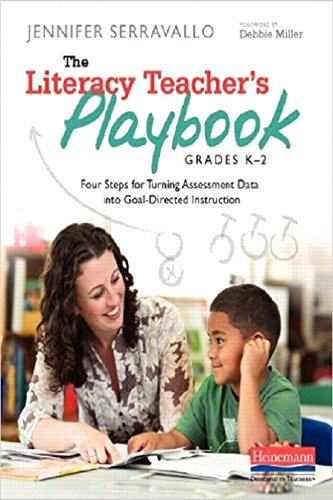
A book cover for The Literacy Teacher's Playbook, Grades K-2: Four Steps for Turning Assessment Data into Goal-Directed Instruction; Jennifer Serravallo; Education & Teaching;